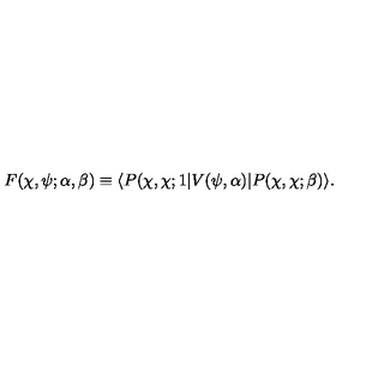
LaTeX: F ( \chi , \psi ; \alpha , \beta ) \equiv \langle P ( \chi , \chi ; 1 | V ( \psi , \alpha ) | P ( \chi , \chi ; \beta ) \rangle .